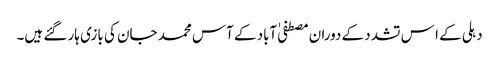
دہلی کے ا س تشدد کے دوران مصطفی ٰآباد کے آس محمد جان کی بازی ہار گئے ہیں۔